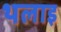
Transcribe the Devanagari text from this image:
थलाइ